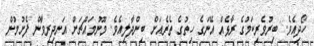
ހޯދިއެވެ. ބިރުވެރިކަމުގެ ރާޅެއް އޭނަގެ ހިތުގެ ތެރެއަށް ބިންދާލިއެވެ. މޫނުމައްޗަށް އަނދިރިވާން ފެށުމުން